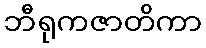
ဘီရုကဇာတိကာ